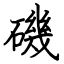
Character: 磯